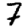
Digit: 7